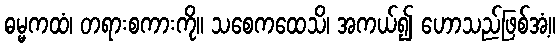
ဓမ္မကထံ၊ တရားစကားကို။ သစေကထေသိ၊ အကယ်၍ ဟောသည်ဖြစ်အံ့။